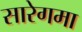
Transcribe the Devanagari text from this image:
सारेगमा